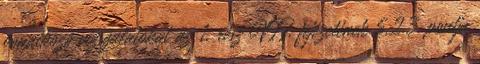
vonatkozó vizsgálatokat az 1. rész VII. fejezetének 5.2.3. pontja